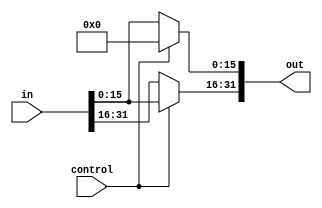
module shift_log_left_16(out, in, control);
    input [31:0] in;
    input control;
    output [31:0] out;

    assign out[15:0] = control ? 16'b0000000000000000 : in[15:0];
    assign out[31:16] = control ? in[15:0] : in[31:16];
endmodule